Report of the Indian Hemp Drugs Commission, 1894-1895 - Volume V
Year: 1894
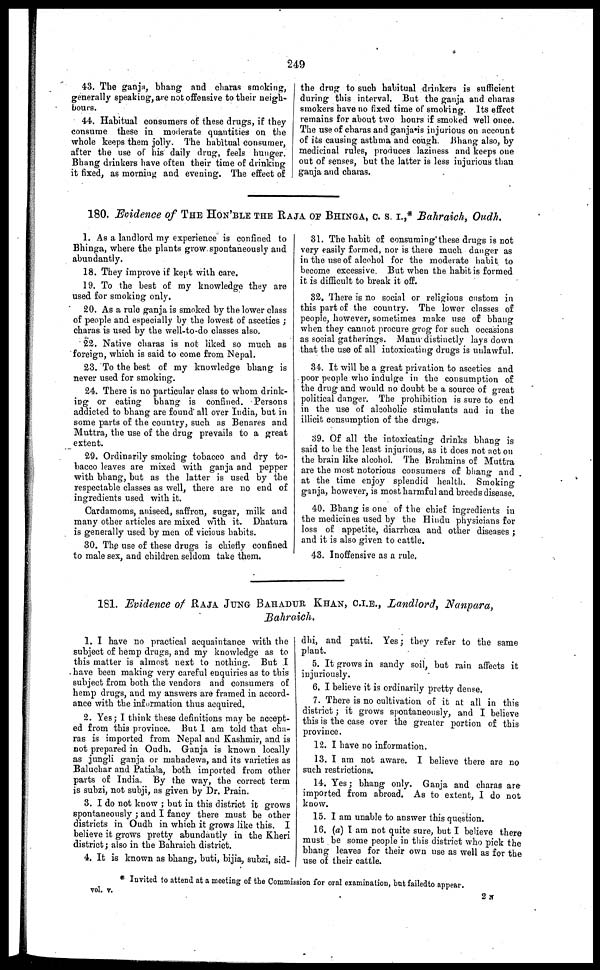
249
43. The ganja, bhang and charas smoking,
generally speaking, are not offensive to their neigh-
bours.
44. Habitual consumers of these drugs, if they
consume these in moderate quantities on the
whole keeps them jolly. The habìtual consumer,
after the use of his daily drug, feels hunger.
Bhang drinkers have often their time of drinking
it fixed, as morning and evening. The effect of
the drug to such habitual drinkers is sufficient
during this interval. But the ganja and charas
smokers have no fixed time of smoking. Its effect
remains for about two hours if smoked well once.
The use of charas and ganja is injurious on account
of its causing asthma and cough. Bhang also, by
medicinal rules, produces laziness and keeps one
out of senses, but the latter is less injurious than
ganja and charas.
180. Evidence of THE HON' BLE THE RAJA OF BHINGA, C. S. I.,* Bahraich, Oudh.
1. As a landlord my experience is confined to
Bhinga, where the plants grow spontaneously and
abundantly.
18. They improve if kept with care.
19. To the best of my knowledge they are
used for smoking only.
20. As a rule ganja is smoked by the lower class
of people and especially by the lowest of ascetics ;
charas is used by the well-to-do classes also.
22. Native charas is not liked so much as
foreign, which is said to come from Nepal.
23. To the best of my knowledge bhang is
never used for smoking.
24. There is no particular class to whom drink-
ing or eating bhang is confined. Persons
addicted to bhang are found all over India, but in
some parts of the country, such as Benares and
Muttra, the use of the drug prevails to a great
extent.
29. Ordinarily smoking tobacco and dry to-
bacco leaves are mixed with ganja and pepper
with bhang, but as the latter is used by the
respectable classes as well, there are no end of
ingredients used with it.
Cardamoms, aniseed, saffron, sugar, milk and
many other articles are mixed with it. Dhatura
is generally used by men of vicious habits.
30. The use of these drugs is chiefly confined
to male sex, and children seldom take them.
31. The habit of consuming these drugs is not
very easily formed, nor is there much danger as
in the use of alcohol for the moderate habit to
become excessive. But when the habit is formed
it is difficult to break it off.
32, There is no social or religious custom in
this part of the country. The lower classes of
people, however, sometimes make use of bhang
when they cannot procure grog for such occasions
as social gatherings. Manu distinctly lays down
that the use of all intoxicating drugs is unlawful.
34. It will be a great privation to ascetics and
poor people who indulge in the consumption of
the drug and would no doubt be a source of great
political danger. The prohibition is sure to end
in the use of alcoholic stimulants and in the
illicit consumption of the drugs.
39. Of all the intoxicating drinks bhang is
said to he the least injurious, as it does not act on
the brain like alcohol. The Brahmins of Muttra
are the most notorious consumers of bhang and
at the time enjoy splendid health. Smoking
ganja, however, is most harmful and breeds disease.
40. Bhang is one of the chief ingredients in
the medicines used by the Hindu physicians for
loss of appetite, diarrhoea and other diseases ;
and it is also given to cattle.
43. Inoffensive as a rule.
181. Evidence of RAJA JUNG BAHADUR KHAN, C.I.E., Landlord, Nanpara,
Bahraich.
1. I have no practical acquaintance with the
subject of hemp drugs, and my knowledge as to
this matter is almost next to nothing. But I
have been making very careful enquiries as to this
subject from both the vendors and consumers of
hemp drugs, and my answers are framed in accord-
ance with the information thus acquired.
2. Yes; I think these definitions may be accept-
ed from this province. But 1 am told that cha-
ras is imported from Nepal and Kashmir, and is
not prepared in Oudh. Ganja is known locally
as jungli ganja or mahadewa, and its varieties as
Baluchar and Patiala, both imported from other
parts of India. By the way, the correct term
is subzi, not subji, as given by Dr. Prain.
3. I do not know ; but in this district it grows
spontaneously ; and I fancy there must be other
districts in Oudh in which it grows like this. I
believe it grows pretty abundantly in the Kheri
district ; also in the Bahraich district.
4. It is known as bhang, buti, bijia, subzi, sid-
dhi, and patti. Yes ; they refer to the same
plant.
5. It grows in sandy soil, but rain affects it
injuriously.
6. I believe it is ordinarily pretty dense.
7. There is no cultivation of it at all in this
district ; it grows spontaneously, and I believe
this is the case over the greater portion of this
province.
12. I have no information.
13. I am not aware. I believe there are no
such restrictions.
14. Yes ; bhang only. Ganja and charas are
imported from abroad. As to extent, I do not
know.
15. I am unable to answer this question.
16. (a) I am not quite sure, but I believe there
must be some people in this district who pick the
bhang leaves for their own use as well as for the
use of their cattle.
* Invited to attend at a meeting of the Commission for oral examination, but failedto appear.
vol. v.
2 N